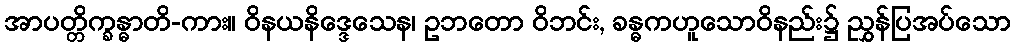
အာပတ္တိက္ခန္ဓာတိ-ကား။ ဝိနယနိဒ္ဒေသေန၊ ဥဘတော ဝိဘင်း, ခန္ဓကဟူသောဝိနည်း၌ ညွှန်ပြအပ်သော